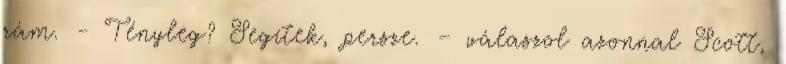
rám. - Tényleg? Segítek, persze. – válaszol azonnal Scott,